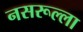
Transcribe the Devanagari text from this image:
नसरूल्ला